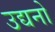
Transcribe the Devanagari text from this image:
उद्यनो